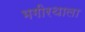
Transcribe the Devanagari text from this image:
भगीरथाला